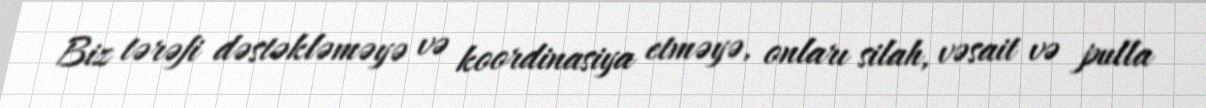
Biz tərəfi dəstəkləməyə və koordinasiya etməyə, onları silah, vəsait və pulla